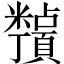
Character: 𬗀